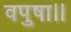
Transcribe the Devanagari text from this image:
वपुषा।।